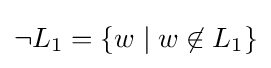
\neg L_{1}=\{w\mid w\not \in L_{1}\}